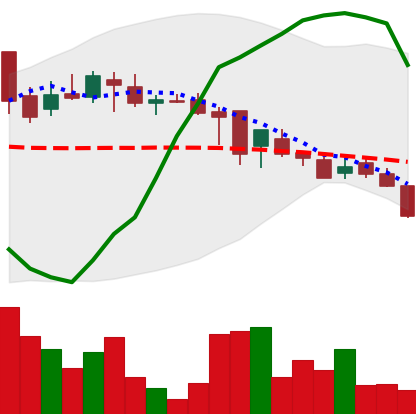
Ticker: DOGE-USD
Chart end date: 2018-08-08
Forward return: -3.478%
Label: down_3_5